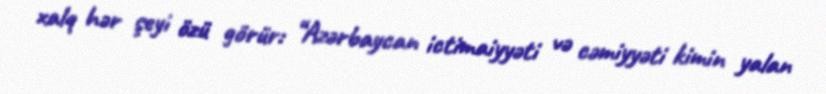
xalq hər şeyi özü görür: “Azərbaycan ictimaiyyəti və cəmiyyəti kimin yalan